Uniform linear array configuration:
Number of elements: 48
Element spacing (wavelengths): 1
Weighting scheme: binomial
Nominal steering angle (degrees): -60
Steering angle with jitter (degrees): -58.627
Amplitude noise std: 0.05
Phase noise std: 0.05

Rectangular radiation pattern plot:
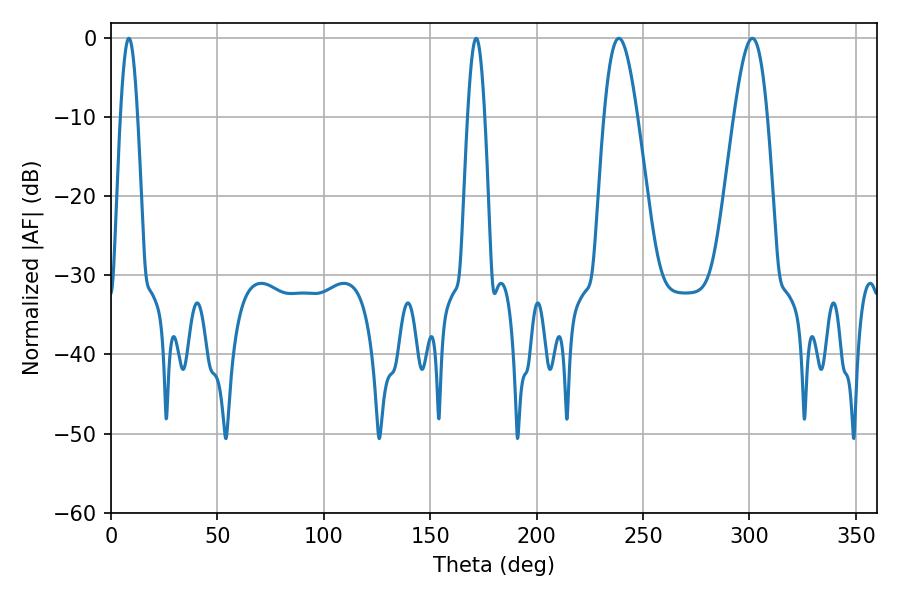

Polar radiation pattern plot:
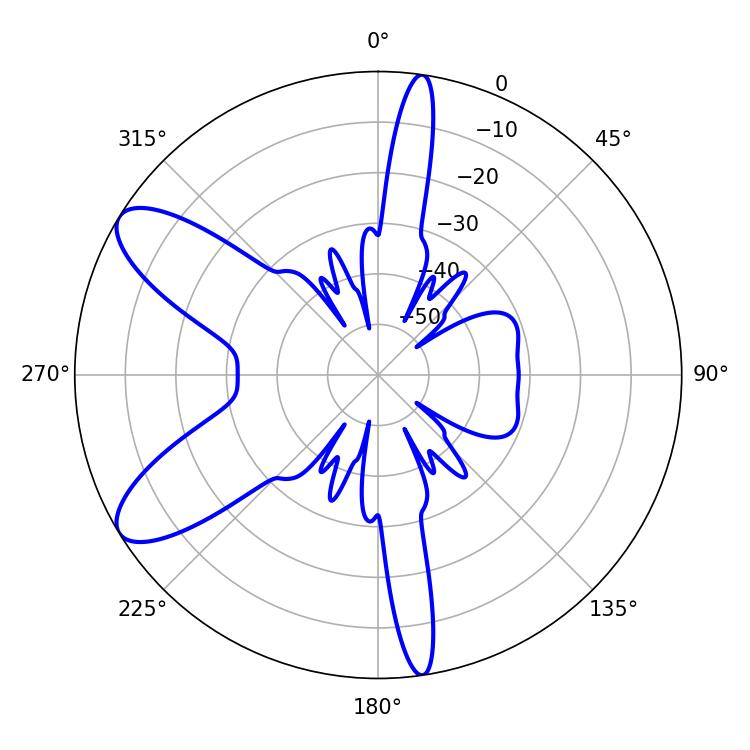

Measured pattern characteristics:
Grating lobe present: TRUE
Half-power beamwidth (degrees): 8.46
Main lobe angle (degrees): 238.68